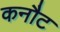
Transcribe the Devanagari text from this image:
कनौट